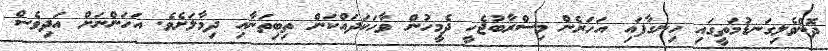
ދޮންވެލިގަނޑުމަތީގައި ހިނގާފައި އަހަރެން މިސްރާބުޖެހީ ދެމީހުން ވާހަކަދައްކަން ތިބިތަނާއި ދިމާލަށެވެ. އަހަންނަށް އަދިވެސް